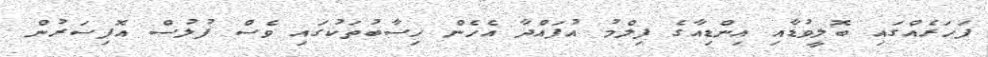
ފަހަރެއްގައި ބޮލީވުޑާއި އިންޑިއާގެ ފިލްމު އުފައްދާ އެހެން ހިސާބުތަކުގައި ވެސް ފުލުސް އޮފިސަރުން